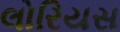
લોરિયસ